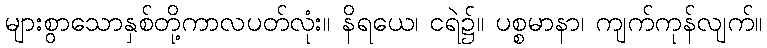
များစွာသောနှစ်တို့ကာလပတ်လုံး။ နိရယေ၊ ငရဲ၌။ ပစ္စမာနာ၊ ကျက်ကုန်လျက်။